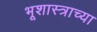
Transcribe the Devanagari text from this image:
भूशास्त्राच्या